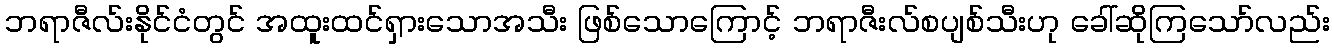
ဘရာဇီလ်းနိုင်ငံတွင် အထူးထင်ရှားသောအသီး ဖြစ်သောကြောင့် ဘရာဇီးလ်စပျစ်သီးဟု ခေါ်ဆိုကြသော်လည်း